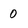
Character: 0